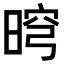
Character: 𣇬